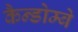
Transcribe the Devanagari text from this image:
कैन्डोम्बे